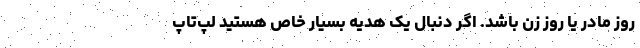
روز مادر یا روز زن باشد. اگر دنبال یک هدیه بسیار خاص هستید لپ‌تاپ